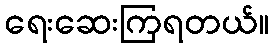
ရေးဆေးကြရတယ်။